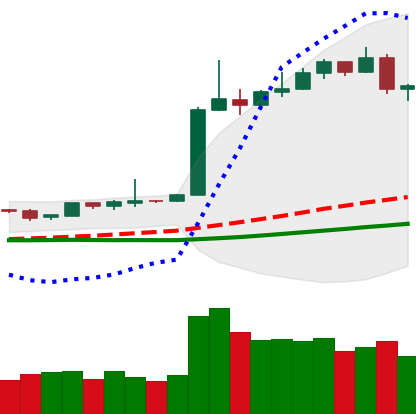
Ticker: BTC-USD
Chart end date: 2019-04-12
Forward return: 3.191%
Label: up_3_5